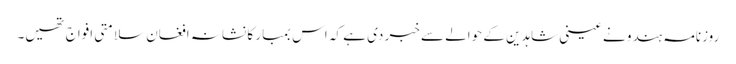
روزنامہ ہندو نے عینی شاہدین کے حوالے سے خبر دی ہے کہ اس بمبار کا نشانہ افغان سلامتی افواج تھیں۔